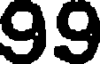
99